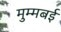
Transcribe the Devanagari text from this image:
मुम्मबई